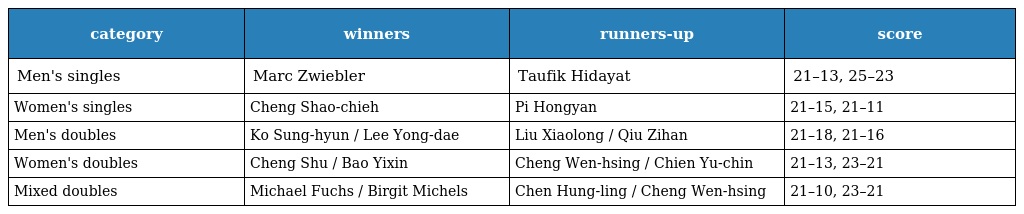
| category | winners | runners-up | score |
 | --- | --- | --- | --- |
 | Men's singles | Marc Zwiebler | Taufik Hidayat | 21–13, 25–23 |
 | Women's singles | Cheng Shao-chieh | Pi Hongyan | 21–15, 21–11 |
 | Men's doubles | Ko Sung-hyun / Lee Yong-dae | Liu Xiaolong / Qiu Zihan | 21–18, 21–16 |
 | Women's doubles | Cheng Shu / Bao Yixin | Cheng Wen-hsing / Chien Yu-chin | 21–13, 23–21 |
 | Mixed doubles | Michael Fuchs / Birgit Michels | Chen Hung-ling / Cheng Wen-hsing | 21–10, 23–21 |